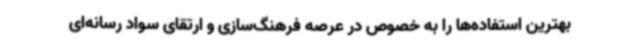
بهترین استفاده‌ها را به خصوص در عرصه فرهنگ‌سازی و ارتقای سواد رسانه‌ای